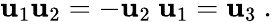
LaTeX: \mathbf{u}_{1}\mathbf{u}_{2}=-\mathbf{u}_{2}\ \mathbf{u}_{1}=\mathbf{u}_{3}~.